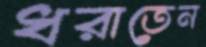
ধরাতেন